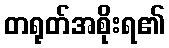
တရုတ်အစိုးရ၏